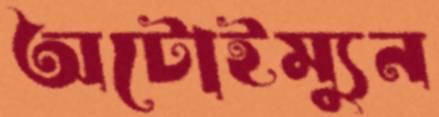
অটোইম্যুন